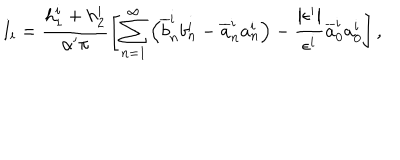
LaTeX: I _ { i } = \frac { h _ { 1 } ^ { i } + h _ { 2 } ^ { i } } { \alpha ^ { \prime } \pi } \left[ \sum _ { n = 1 } ^ { \infty } \left( \overline { { { b } } } _ { n } ^ { i } b _ { n } ^ { i } - \overline { { { a } } } _ { n } ^ { i } a _ { n } ^ { i } \right) - \frac { \left| \epsilon ^ { i } \right| } { \epsilon ^ { i } } \overline { { { a } } } _ { 0 } ^ { i } a _ { 0 } ^ { i } \right] ,